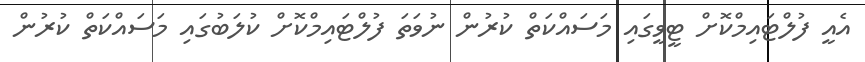
އެއީ ފުލްޓައިމްކޮށް ޓީވީގައި މަސައްކަތް ކުރުން ނުވަތަ ފުލްޓައިމްކޮށް ކުލަބުގައި މަސައްކަތް ކުރުން